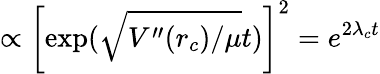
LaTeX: \propto\left[\exp(\sqrt{V^{\prime\prime}(r_{c})/\mu}t)\right]^{2}=e^{2\lambda_{c}t}